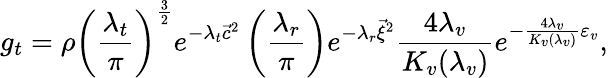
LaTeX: g_{t}=\rho\left(\frac{\lambda_{t}}{\pi}\right)^{\frac{3}{2}}e^{-\lambda_{t}{\vec{c}}^{2}}\left(\frac{\lambda_{r}}{\pi}\right)e^{-\lambda_{r}{\vec{\xi}}^{2}}\frac{4\lambda_{v}}{K_{v}(\lambda_{v})}e^{-\frac{4\lambda_{v}}{K_{v}(\lambda_{v})}\varepsilon_{v}},